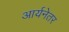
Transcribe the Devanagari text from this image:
आर्यनेतर